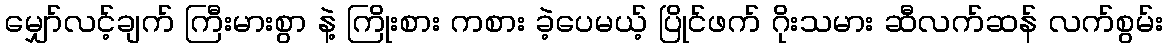
မျှော်လင့်ချက် ကြီးမားစွာ နဲ့ ကြိုးစား ကစား ခဲ့ပေမယ့် ပြိုင်ဖက် ဂိုးသမား ဆီလက်ဆန် လက်စွမ်း